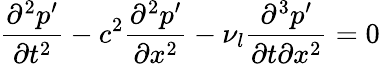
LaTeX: \frac{\partial^{2}p^{\prime}}{\partial t^{2}}-c^{2}\frac{\partial^{2}p^{\prime}}{\partial x^{2}}-\nu_{l}\frac{\partial^{3}p^{\prime}}{\partial t\partial x^{2}}=0